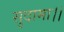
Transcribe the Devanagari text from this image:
सुदामा।।